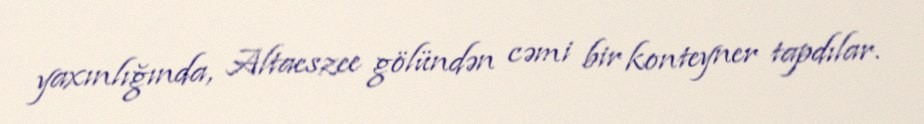
yaxınlığında, Altaeszee gölündən cəmi bir konteyner tapdılar.